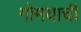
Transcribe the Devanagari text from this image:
गोमयाची